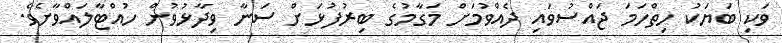
ވަކި ބަޔަކު ހިތްހަމަ ޖައްސުވައި ދެއްވުމަށް މަގާމުގެ ބިރުފުޅަށް ސަނާ ވިދާޅުވުން ހުއްޓާލައްވާށެވެ.